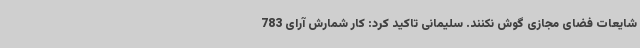
شایعات فضای مجازی گوش نکنند. سلیمانی تاکید کرد: کار شمارش آرای 783